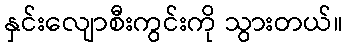
နှင်းလျောစီးကွင်းကို သွားတယ်။